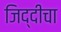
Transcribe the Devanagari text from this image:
जिद्दीचा